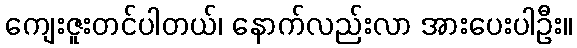
ကျေးဇူးတင်ပါတယ်၊ နောက်လည်းလာ အားပေးပါဦး။